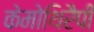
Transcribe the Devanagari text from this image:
केमोथिरैपी